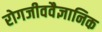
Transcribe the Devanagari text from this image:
रोगजीववैज्ञानिक